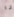
انا